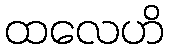
ထလေဟိ